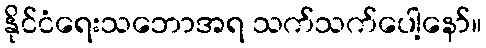
နိုင်ငံရေးသဘောအရ သက်သက်ပေါ့နော်။